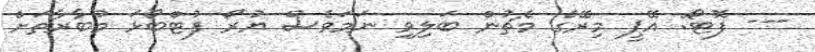
--- ފޮޓޯ: އޭޕީ މިރޭގެ މެޗުން ބަލިވި ނަމަވެސް ޔުރޯ ފުޓްބޯޅަ މުބާރާތަށް